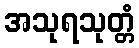
အသုရသုတ္တံ